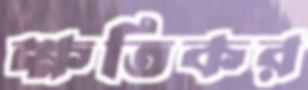
ক্ষতিকর